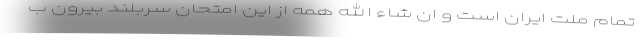
تمام ملت ایران است و ان شاء الله همه از این امتحان سربلند بیرون ب